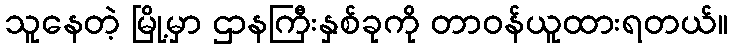
သူနေတဲ့ မြို့မှာ ဌာနကြီးနှစ်ခုကို တာဝန်ယူထားရတယ်။